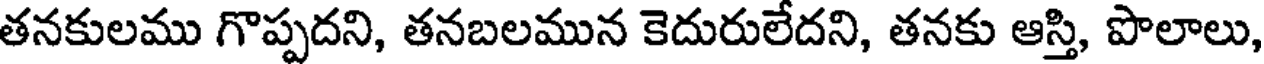
తనకులము గొప్పదని, తనబలమున కెదురులేదని, తనకు ఆస్తి, పొలాలు,